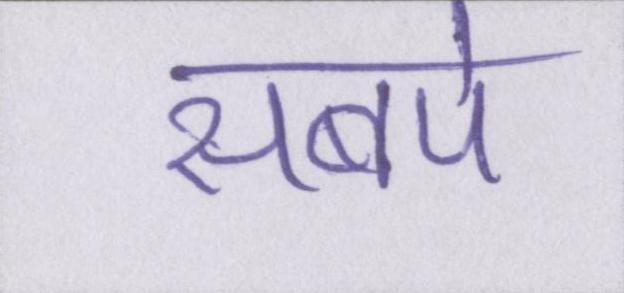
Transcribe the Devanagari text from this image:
सबपे